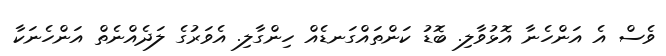
ވެސް އެ އަންހެނާ އޮޅުވާލި. ބޮޑު ކަންތައްގަނޑެއް ހިންގާލި. އެވަރުގެ ލަދެއްނެތް އަންހެނަކާ